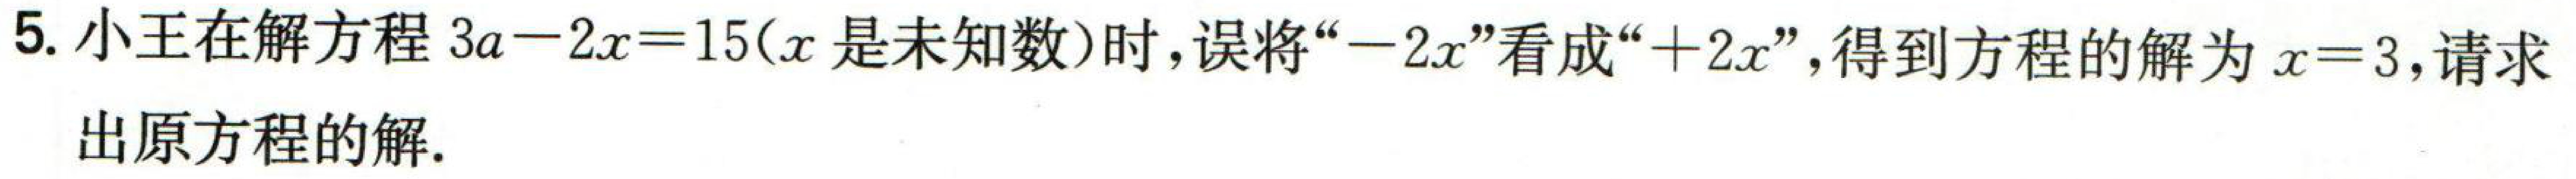
5. 小王在解方程\(3a - 2x = 15\)（\(x\)是未知数）时，误将“\(-2x\)”看成“\(+2x\)”，得到方程的解为\(x = 3\)，请求

出原方程的解。